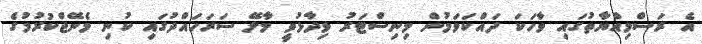
އެ ރަސްމިއްޔާތުގައި ވާހަކަ ދައްކަވަމުން މިނިސްޓަރު ވިދާޅުވީ މާލޭ ސަރަހައްދުގައި ކުނި މެނޭޖްކުރުމުގެ